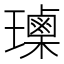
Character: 𰢕